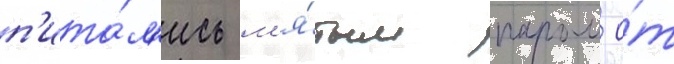
п'ита́л'ись м'я́тым паром о́т